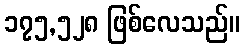
၁၇၅,၅၂၈ ဖြစ်လေသည်။